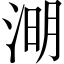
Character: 𣷠